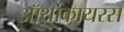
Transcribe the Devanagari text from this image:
ऑर्थोकायरस